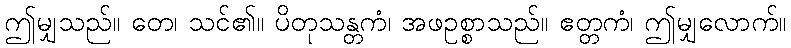
ဤမျှသည်။ တေ၊ သင်၏။ ပိတုသန္တကံ၊ အဖဥစ္စာသည်။ ဧတ္တကံ၊ ဤမျှလောက်။